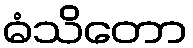
ဓံသိတော